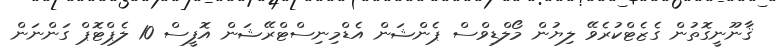
ޤާނޫނީގޮތުން ގެޒެޓްކުރެވޭ ލިޔުން މޯލްޑިވްސް ޕެންޝަން އެޑްމިނިސްޓްރޭޝަން އޮފީސް 10 ލެޕްޓޮޕް ގަންނަން